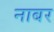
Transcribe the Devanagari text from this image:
नाबर